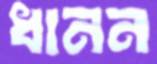
ধানন